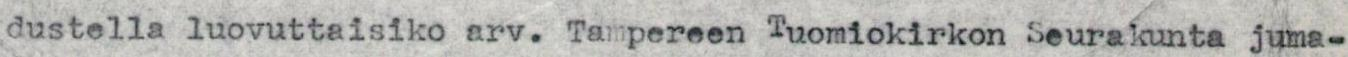
dustella luovuttaisiko arv. Tampereen Tuomiokirkon Seurakunta juma-